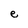
Character: e